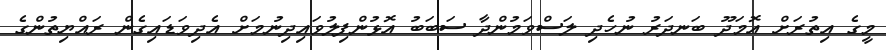
މީގެ އިތުރަށް އޮމަދޫ ބަނދަރު ނުހެދި ލަސްވަމުންދާ ސަބަބު އޮޅުންފިލުވައިދިނުމަށް އެދިވަޑައިގެން ރައްޔިތުންގެ